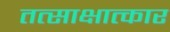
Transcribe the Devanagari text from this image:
तत्साक्षात्कार